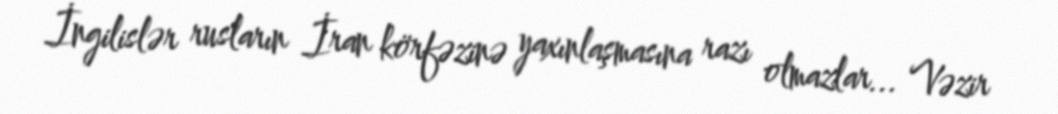
İngilislər rusların İran körfəzinə yaxınlaşmasına razı olmazlar... Vəzir